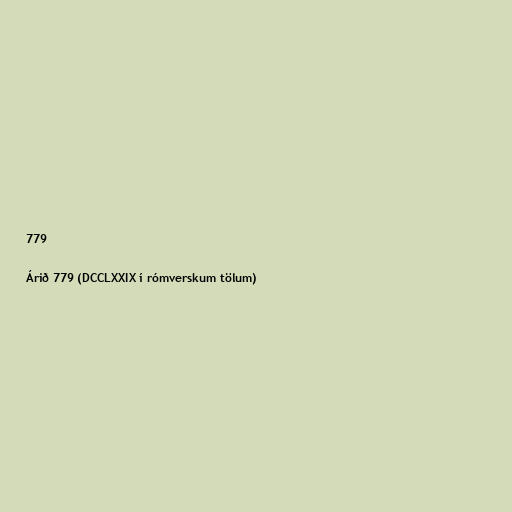
779

Árið 779 (DCCLXXIX í rómverskum tölum)